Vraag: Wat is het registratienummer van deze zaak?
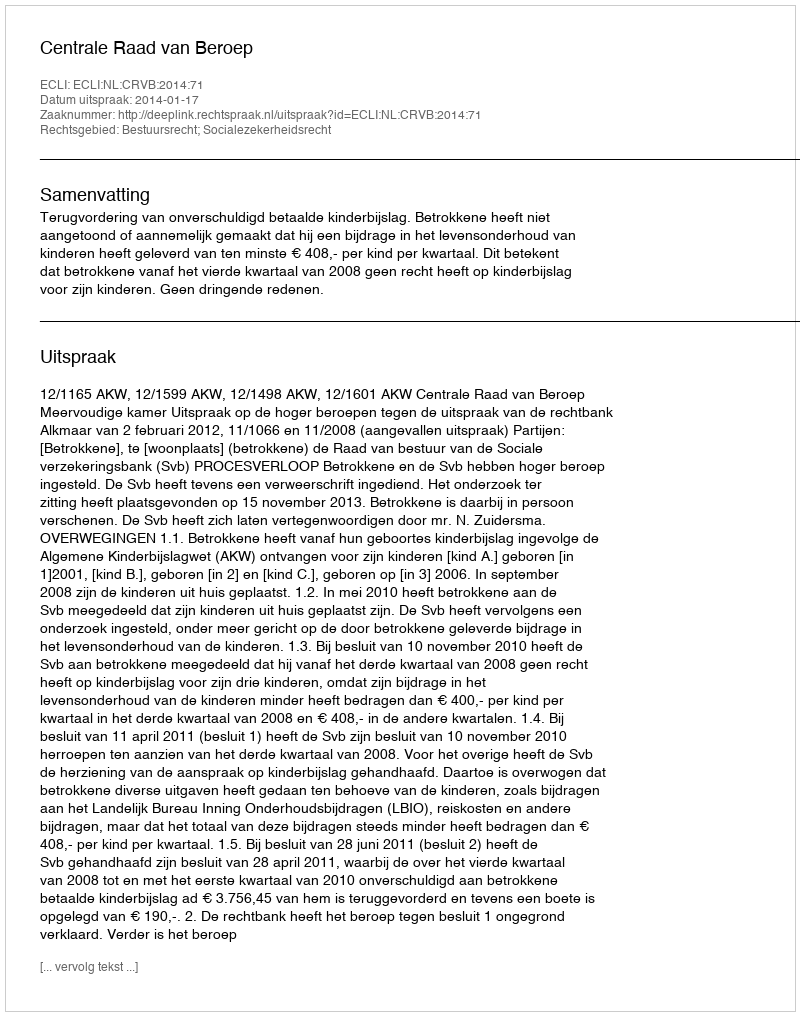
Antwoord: http://deeplink.rechtspraak.nl/uitspraak?id=ECLI:NL:CRVB:2014:71